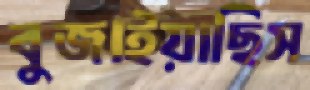
বুজাইয়াছিস